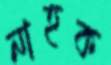
নাহক